Medical and sanitary report on the native army of Bombay for the year
Year: 1877
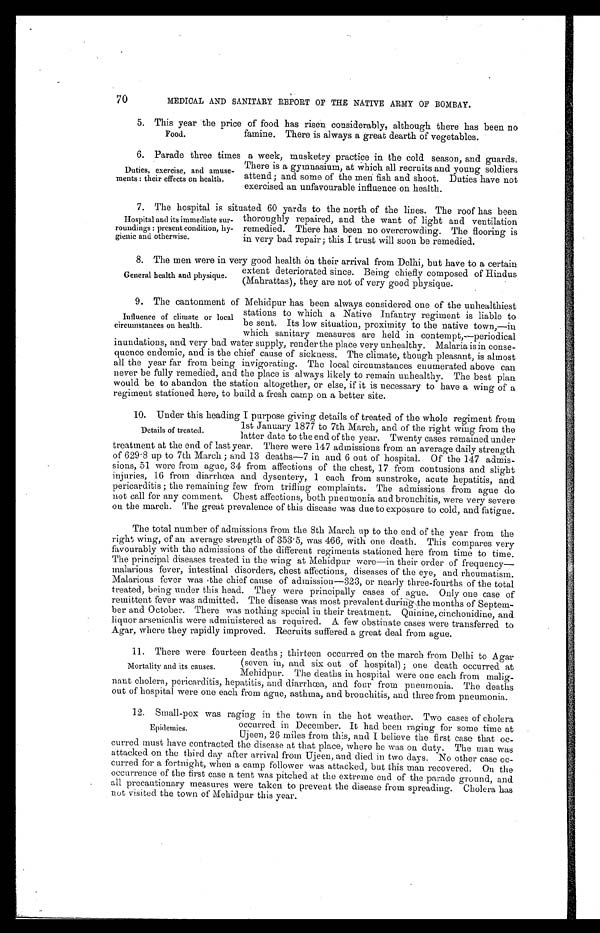
70
MEDICAL AND SANITARY REPORT OF THE NATIVE ARMY OF BOMBAY.
5. This year the price of food has risen considerably, although there has been no
famine. There is always a great dearth of vegetables.
6. Parade three times a week, musketry practice in the cold season, and guards.
There is a gymnasium, at which all recruits and young soldiers
attend; and some of the men fish and shoot. Duties have not
exercised an unfavourable influence on health.
7. The hospital is situated 60 yards to the north of the lines. The roof has been
thoroughly repaired, and the want of light and ventilation
remedied. There has been no overcrowding. The flooring is
in very bad repair; this I trust will soon be remedied.
8 . T h e m e n w e r e i n v e r y g o o d h e a l t h o n t h e i r a r r i v a l f r o m D e l h i , b u t h a v e t o a c e r t a i n
extent deteriorated since. Being chiefly composed of Hindus
(Mahrattas), they are not of very good physique.
9. The cantonment of Mehidpur has been always considered one of the unhealthiest
stations to which a Native Infantry regiment is liable to
be sent. Its low situation, proximity to the native town,—in
which sanitary measures are held in contempt,—periodical
inundations, and very bad water supply, render the place very unhealthy. Malaria is in conse--
quence endemic, and is the chief cause of sickness. The climate, though pleasant, is almost
all the year far from being invigorating. The local circumstances enumerated above can
never be fully remedied, and the place is always likely to remain unhealthy. The best plan
would be to abandon the station altogether, or else, if it is necessary to have a wing of a
regiment stationed here, to build a fresh camp on a better site.
10. Under this heading I purpose giving details of treated of the whole regiment from
1st January 1877 to 7th March, and of the right wing from the
latter date to the end of the year. Twenty cases remained under
treatment at the end of last year. There were 147 admissions from an average daily strength
of 629.8 up to 7th March; and 13 deaths—7 in and 6 out of hospital. Of the 147 admis--
sions, 51 were from ague, 34 from affections of the chest, 17 from contusions and slight
injuries, 16 from diarrhœa and dysentery, 1 each from sunstroke, acute hepatitis, and
pericarditis; the remaining few from trifling complaints. The admissions from ague do
not call for any comment. Chest affections, both pneumonia and bronchitis, were very severe
on the march. The great prevalence of this disease was due to exposure to cold, and fatigue.
The total number of admissions from the 8th March up to the end of the year from the
right wing, of an average strength of 353.5, was 466, with one death. This compares very
favourably with the admissions of the different regiments stationed here from time to time.
The principal diseases treated in the wing at Mehidpur were—in their order of frequency—-
malarious fever, intestinal disorders, chest affections, diseases of the eye, and rheumatism.
Malarious fever was the chief cause of admission—323, or nearly three-fourths of the total
treated, being under this head. They were principally cases of ague. Only one case of
remittent fever was admitted. The disease was most prevalent during the months of Septem--
ber and October. There was nothing special in their treatment. Quinine, cinchonidine, and
liquor arsenicalis were administered as required. A few obstinate cases were transferred to
Agar, where they rapidly improved. Recruits suffered a great deal from ague.
11. There were fourteen deaths; thirteen occurred on the march from Delhi to Agar
(seven in, and six out of hospital); one death occurred at
Mehidpur. The deaths in hospital were one each from malig--
nant cholera, pericarditis, hepatitis, and diarrhœa, and four from pneumonia. The deaths
out of hospital were one each from ague, asthma, and bronchitis, and three from pneumonia.
12. Small-pox was raging in the town in the hot weather. Two cases of cholera
occurred in December. It had been raging for some time at
Ujeen, 26 miles from this, and I believe the first case that oc--
curred must have contracted the disease at that place, where he was on duty. The man was
attacked on the third day after arrival from Ujeen, and died in two days. No other case oc-
curred for a fortnight, when a camp follower was attacked, but this man recovered. On the
occurrence of the first case a tent was pitched at the extreme end of the parade ground, and
all precautionary measures were taken to prevent the disease from spreading. Cholera has
not visited the town of Mehidpur this year.
Food.
Duties, exercise, and amuse
-ments: their effects on health.
Hospital and its immediate sur
-roundings: present condition, hy
- g i e n i c a n d o t h e r w i s e .
General health and physique.
Influence of climate or local
circumstances on health.
Details of treated.
Mortality and its causes.
Epidemics.